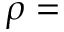
\rho =